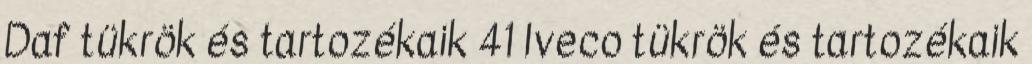
Daf tükrök és tartozékaik 41 Iveco tükrök és tartozékaik